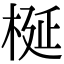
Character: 梴